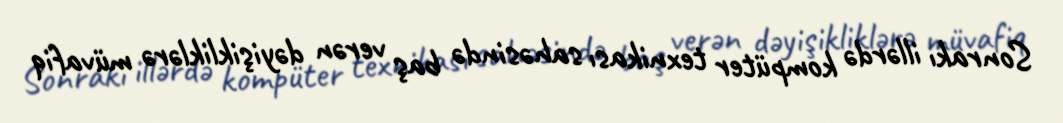
Sonrakı illərdə kompüter texnikası sahəsində baş verən dəyişikliklərə müvafiq